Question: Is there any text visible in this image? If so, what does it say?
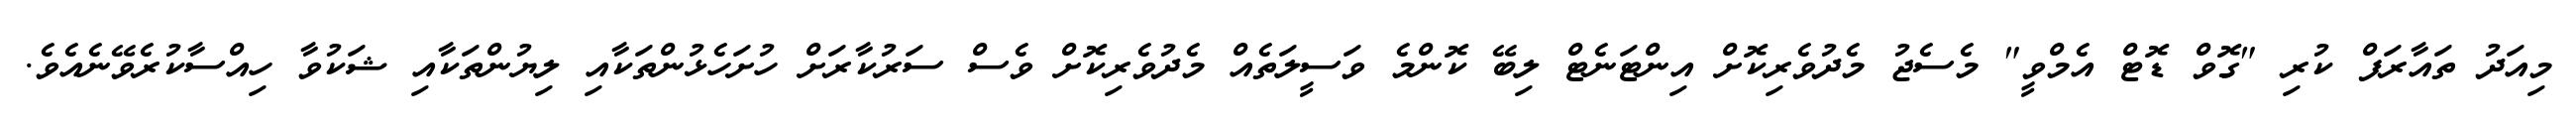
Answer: މިއަދު ތައާރަފް ކުރި "ގޮވް ޑޮޓް އެމްވީ" މެސެޖު މެދުވެރިކޮށް އިންޓަނެޓް ލިބޭ ކޮންމެ ވަސީލަތެއް މެދުވެރިކޮށް ވެސް ސަރުކާރަށް ހުށަހެޅުންތަކާއި ލިޔުންތަކާއި ޝަކުވާ ހިއްސާކުރެވޭނެއެވެ.